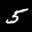
Digit: 5